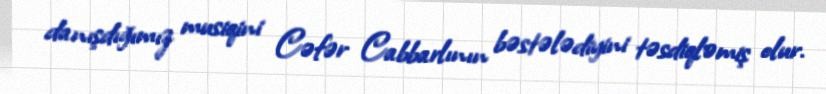
danışdığımız musiqini Cəfər Cabbarlının bəstələdiyini təsdiqləmiş olur.